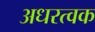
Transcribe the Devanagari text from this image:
अधरत्वक